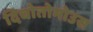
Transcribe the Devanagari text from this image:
दिचोतोमोउस